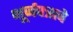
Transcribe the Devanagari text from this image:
भूर्जपत्राचे